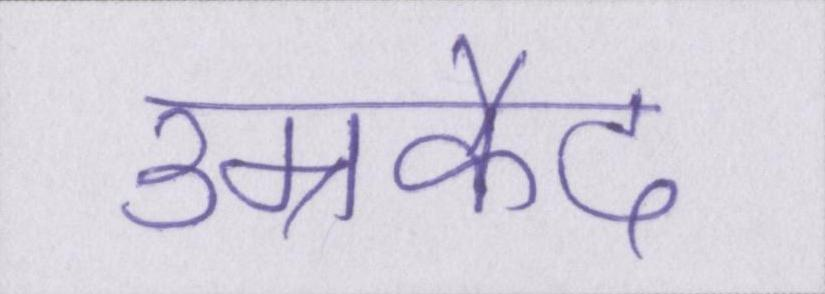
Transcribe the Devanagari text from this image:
उम्रकैद